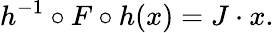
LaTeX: h^{-1}\circ F\circ h(x)=J\cdot x.